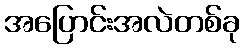
အပြောင်းအလဲတစ်ခု